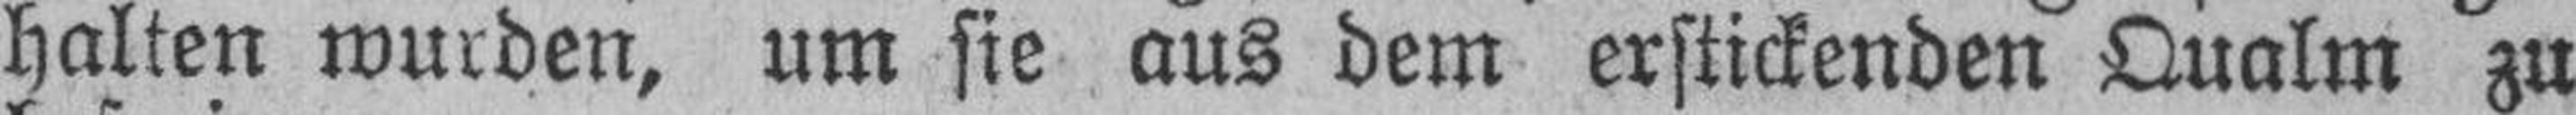
halten wurden, um sie aus dem erstickenden Qualm zu